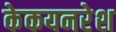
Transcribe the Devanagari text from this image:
केकयनरेश